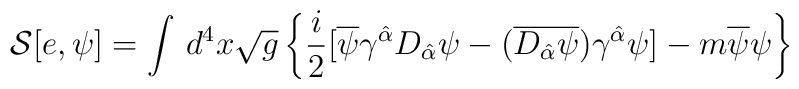
{\cal S}[e,\psi]=\int\, d^{4}x\sqrt{g}\left\{\frac{i}{2}[\overline{\psi}\gamma^{\hat\alpha}D_{\hat\alpha}\psi-(\overline{D_{\hat\alpha}\psi})\gamma^{\hat\alpha}\psi] - m\overline{\psi}\psi\right\}